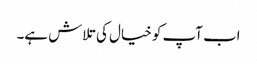
اب آپ کو خیال کی تلاش ہے۔